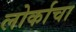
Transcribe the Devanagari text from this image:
लोर्काचा